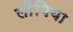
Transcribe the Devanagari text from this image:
लोंगिया